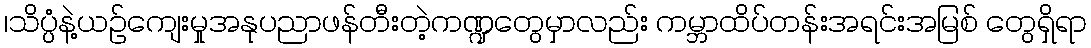
၊သိပ္ပံနဲ့ယဉ်ကျေးမှုအနုပညာဖန်တီးတဲ့ကဏ္ဍတွေမှာလည်း ကမ္ဘာထိပ်တန်းအရင်းအမြစ် တွေရှိရာ